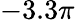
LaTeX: -3.3\pi